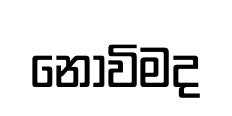
නොවිමද